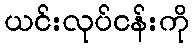
ယင်းလုပ်ငန်းကို